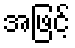
အဖြင့်